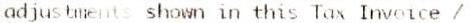
ADJUSTMENTS SHOWN IN THIS TAX INVOICE /